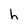
Character: h